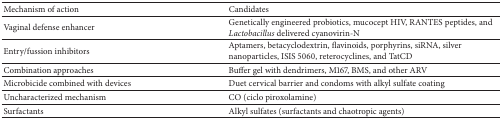
<table><thead><tr><td><b>Mechanism of action</b></td><td><b>Candidates</b></td></tr></thead><tbody><tr><td>Vaginal defense enhancer</td><td>Genetically engineered probiotics, mucocept HIV, RANTES peptides, and <i>Lactobacillus</i> delivered cyanovirin-N</td></tr><tr><td>Entry/fussion inhibitors </td><td>Aptamers, betacyclodextrin, flavinoids, porphyrins, siRNA, silver nanoparticles, ISIS 5060, reterocyclines, and TatCD</td></tr><tr><td>Combination approaches</td><td>Buffer gel with dendrimers, M167, BMS, and other ARV</td></tr><tr><td>Microbicide combined with devices</td><td>Duet cervical barrier and condoms with alkyl sulfate coating</td></tr><tr><td>Uncharacterized mechanism</td><td>CO (ciclo piroxolamine)</td></tr><tr><td>Surfactants</td><td>Alkyl sulfates (surfactants and chaotropic agents)</td></tr></tbody></table>